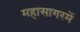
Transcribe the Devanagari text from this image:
महासागरमें